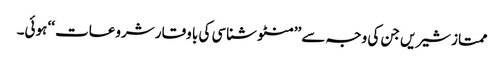
ممتاز شیریں جن کی وجہ سے ’’منٹو شناسی کی با وقار شروعات ‘‘ ہوئی۔